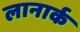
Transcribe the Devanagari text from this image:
लानार्क